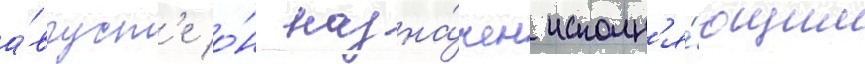
а́вгуст'е о́н назна́чен исполн'я́ющим